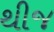
થીજ